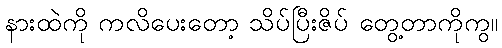
နားထဲကို ကလိပေးတော့ သိပ်ပြီးဇိပ် တွေ့တာကိုကွ။